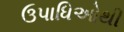
ઉપાધિઓથી